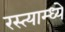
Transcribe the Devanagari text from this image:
रस्त्याम्ध्ये